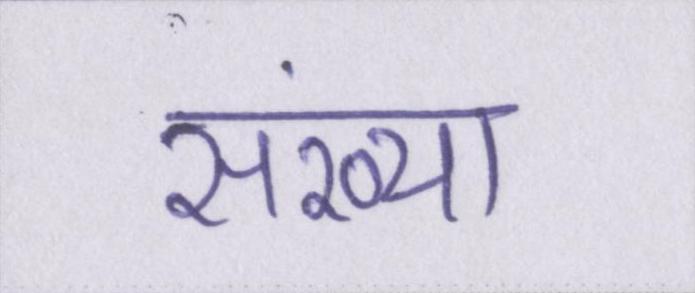
संख्या